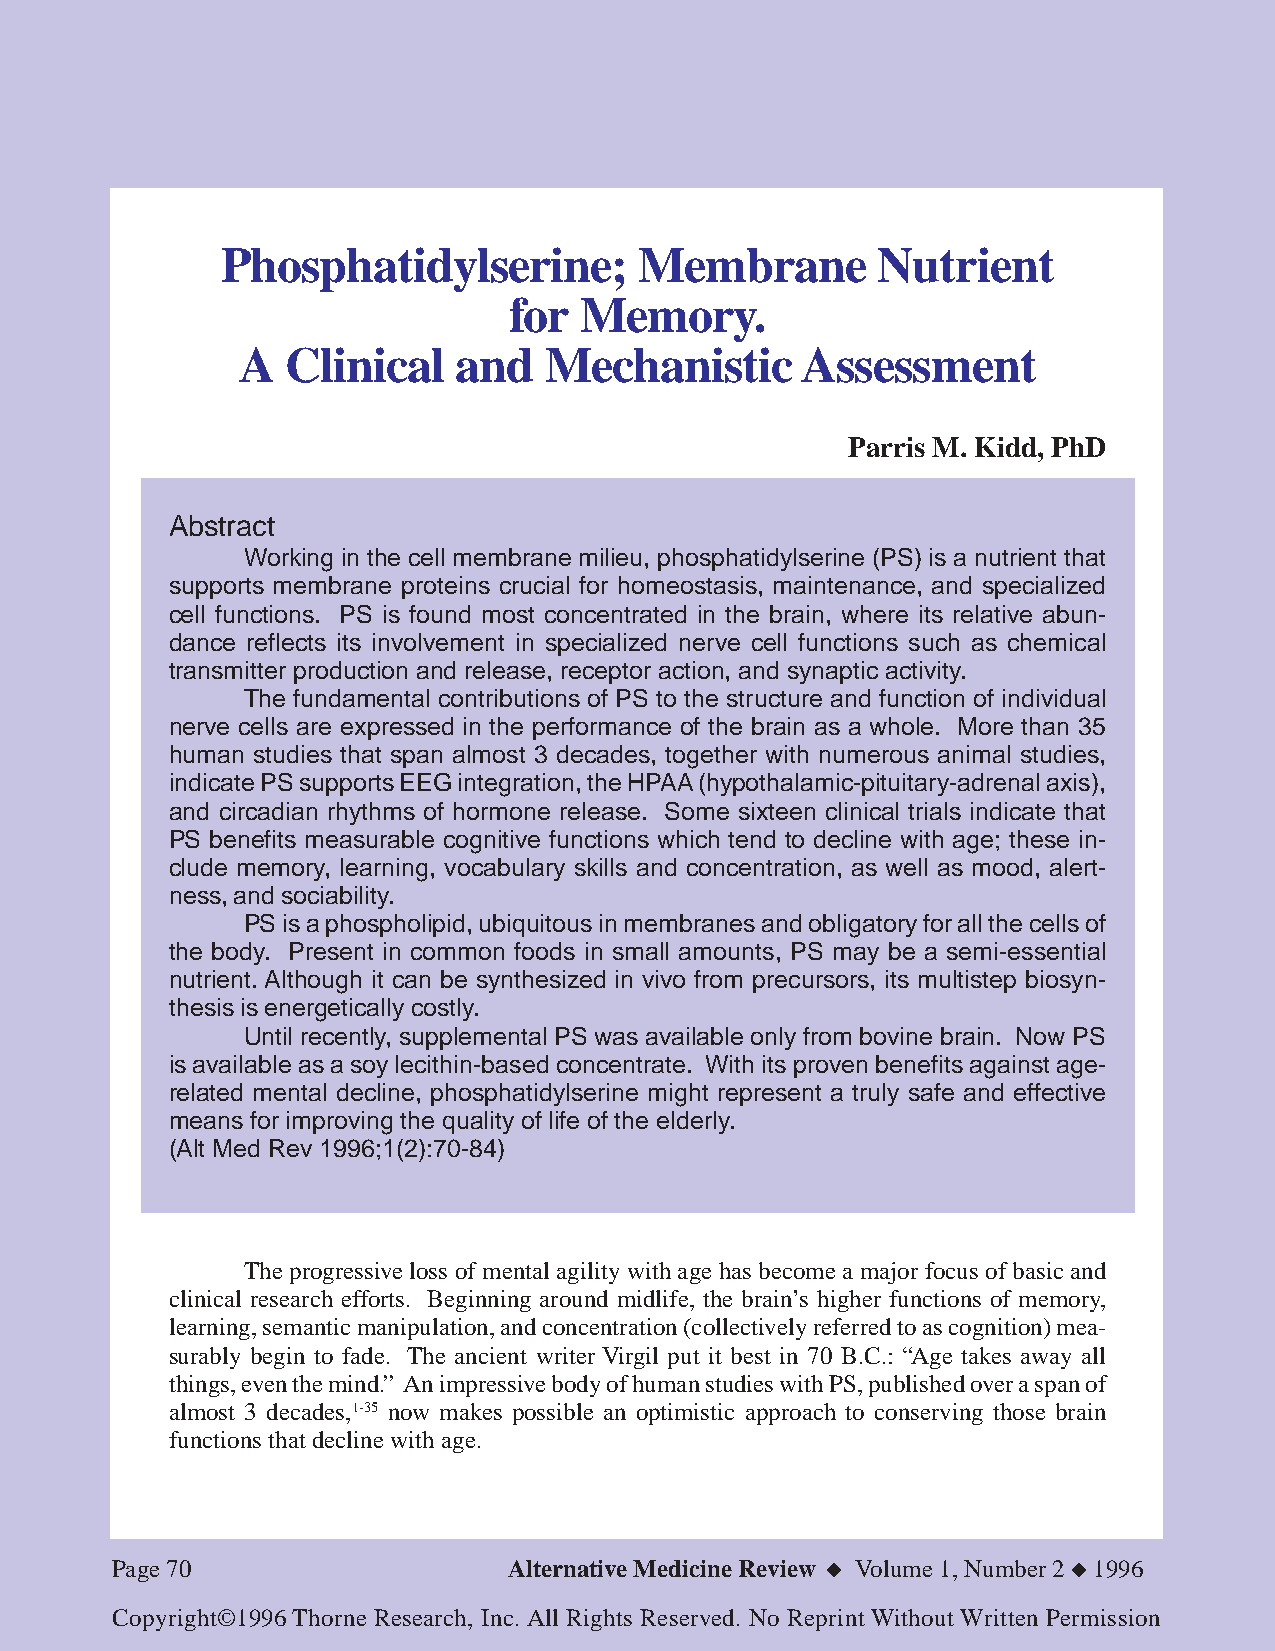
Phosphatidylserine;        Membrane        Nutrient
 for Memory.
 A  Clinical   and   Mechanistic      Assessment
 Parris M. Kidd, PhD
 Abstract
 Working in the cell membrane milieu, phosphatidylserine (PS) is a nutrient that
 supports membrane proteins crucial for homeostasis, maintenance, and specialized
 cell functions. PS is found most concentrated in the brain, where its relative abun-
 dance reflects its involvement in specialized nerve cell functions such as chemical
 transmitter production and release, receptor action, and synaptic activity.
 The fundamental contributions of PS to the structure and function of individual
 nerve cells are expressed in the performance of the brain as a whole. More than 35
 human studies that span almost 3 decades, together with numerous animal studies,
 indicate PS supports EEG integration, the HPAA (hypothalamic-pituitary-adrenal axis),
 and circadian rhythms of hormone release. Some sixteen clinical trials indicate that
 PS benefits measurable cognitive functions which tend to decline with age; these in-
 clude memory, learning, vocabulary skills and concentration, as well as mood, alert-
 ness, and sociability.
 PS is a phospholipid, ubiquitous in membranes and obligatory for all the cells of
 the body. Present in common foods in small amounts, PS may be a semi-essential
 nutrient. Although it can be synthesized in vivo from precursors, its multistep biosyn-
 thesis is energetically costly.
 Until recently, supplemental PS was available only from bovine brain. Now PS
 is available as a soy lecithin-based concentrate. With its proven benefits against age-
 related mental decline, phosphatidylserine might represent a truly safe and effective
 means for improving the quality of life of the elderly.
 (Alt Med Rev 1996;1(2):70-84)
 The progressive loss of mental agility with age has become a major focus of basic and
 clinical research efforts. Beginning around midlife, the brain’s higher functions of memory,
 learning, semantic manipulation, and concentration (collectively referred to as cognition) mea-
 surably begin to fade. The ancient writer Virgil put it best in 70 B.C.: “Age takes away all
 things, even the mind.” An impressive body of human studies with PS, published over a span of
 almost 3 decades,1-35 now makes possible an optimistic approach to conserving those brain
 functions that decline with age.
 Page 70                    Alternative Medicine Review ◆ Volume 1, Number 2 ◆ 1996
 Copyright©1996 Thorne Research, Inc. All Rights Reserved. No Reprint Without Written Permission